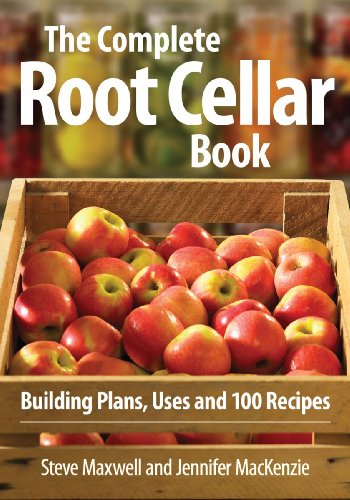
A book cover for The Complete Root Cellar Book: Building Plans, Uses and 100 Recipes; Steve Maxwell; Cookbooks, Food & Wine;